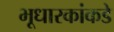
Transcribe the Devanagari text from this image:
भूधारकांकडे